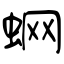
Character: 蛧